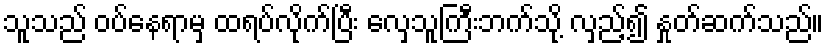
သူသည် ဝပ်နေရာမှ ထရပ်လိုက်ပြီး လှေသူကြီးဘက်သို့ လှည့်၍ နှုတ်ဆက်သည်။